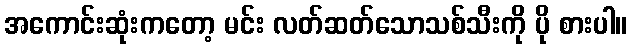
အကောင်းဆုံးကတော့ မင်း လတ်ဆတ်သောသစ်သီးကို ပို စားပါ။